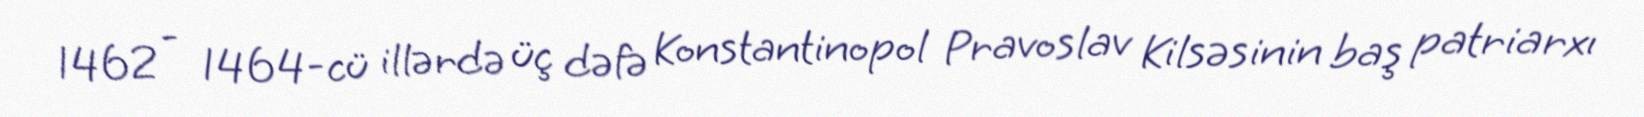
1462 - 1464-cü illərdə üç dəfə Konstantinopol Pravoslav Kilsəsinin baş patriarxı